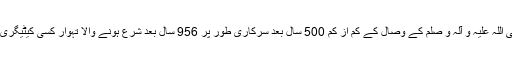
رسول اللہ صلی اللہ علیہ و آلہ و صلّم کے وصال کے کم از کم 500 سال بعد سرکاری طور پر 956 سال بعد شرع ہونے والا تہوار کسی کیٹیگری میں آئے گا ؟